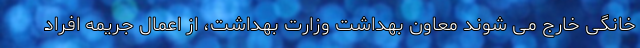
خانگی خارج می شوند معاون بهداشت وزارت بهداشت، از اعمال جریمه افراد